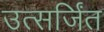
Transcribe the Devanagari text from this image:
उत्सर्जिंत